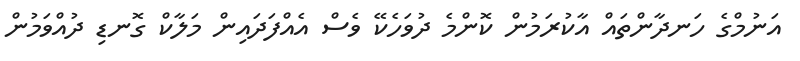
އަނުމްގެ ހަނދާންތައް އާކުރަމުން ކޮންމެ ދުވަހެކޭ ވެސް އެއްފަދައިން މަލާކް ގޮނޑި ދުއްވަމުން